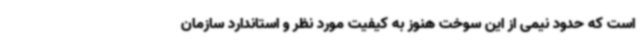
است که حدود نیمی از این سوخت هنوز به کیفیت مورد نظر و استاندارد سازمان